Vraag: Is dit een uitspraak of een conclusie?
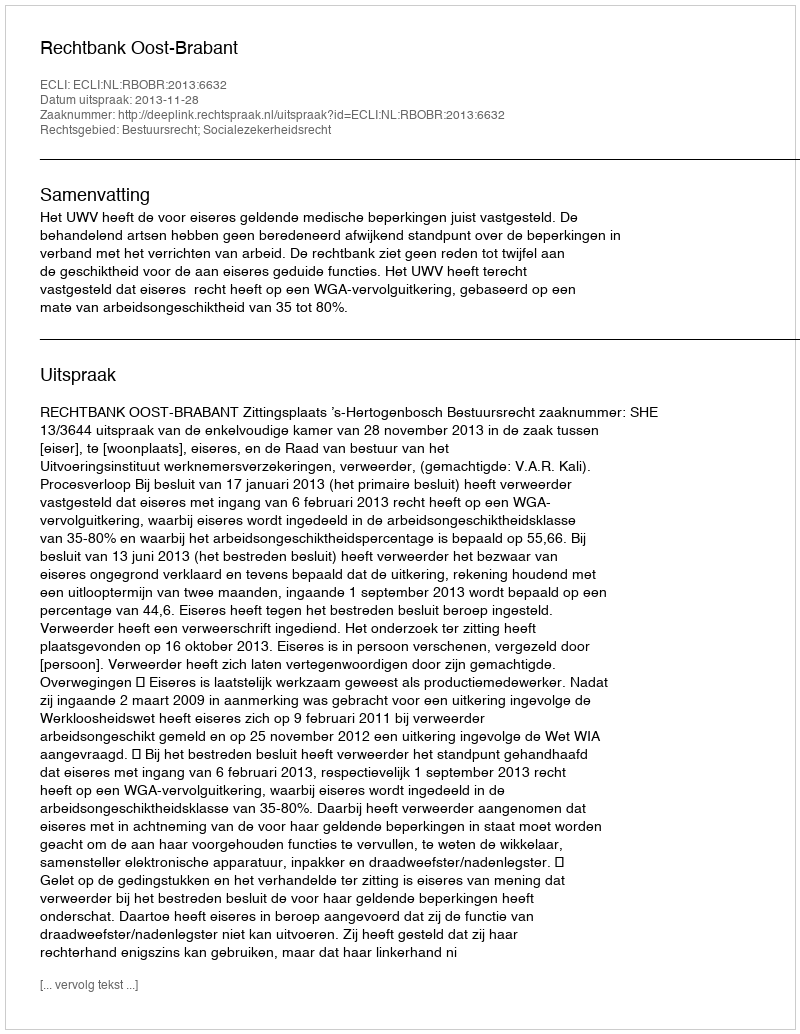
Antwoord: Uitspraak